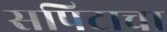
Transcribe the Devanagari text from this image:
सपिटाचा